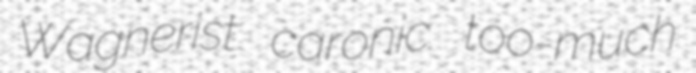
Wagnerist caronic too-much